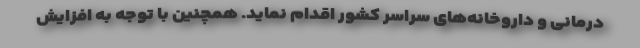
درمانی و داروخانه‌های سراسر کشور اقدام نماید. همچنین با توجه به افزایش